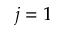
j = 1